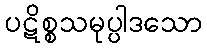
ပဋိစ္စသမုပ္ပါဒသော